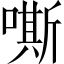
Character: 嘶